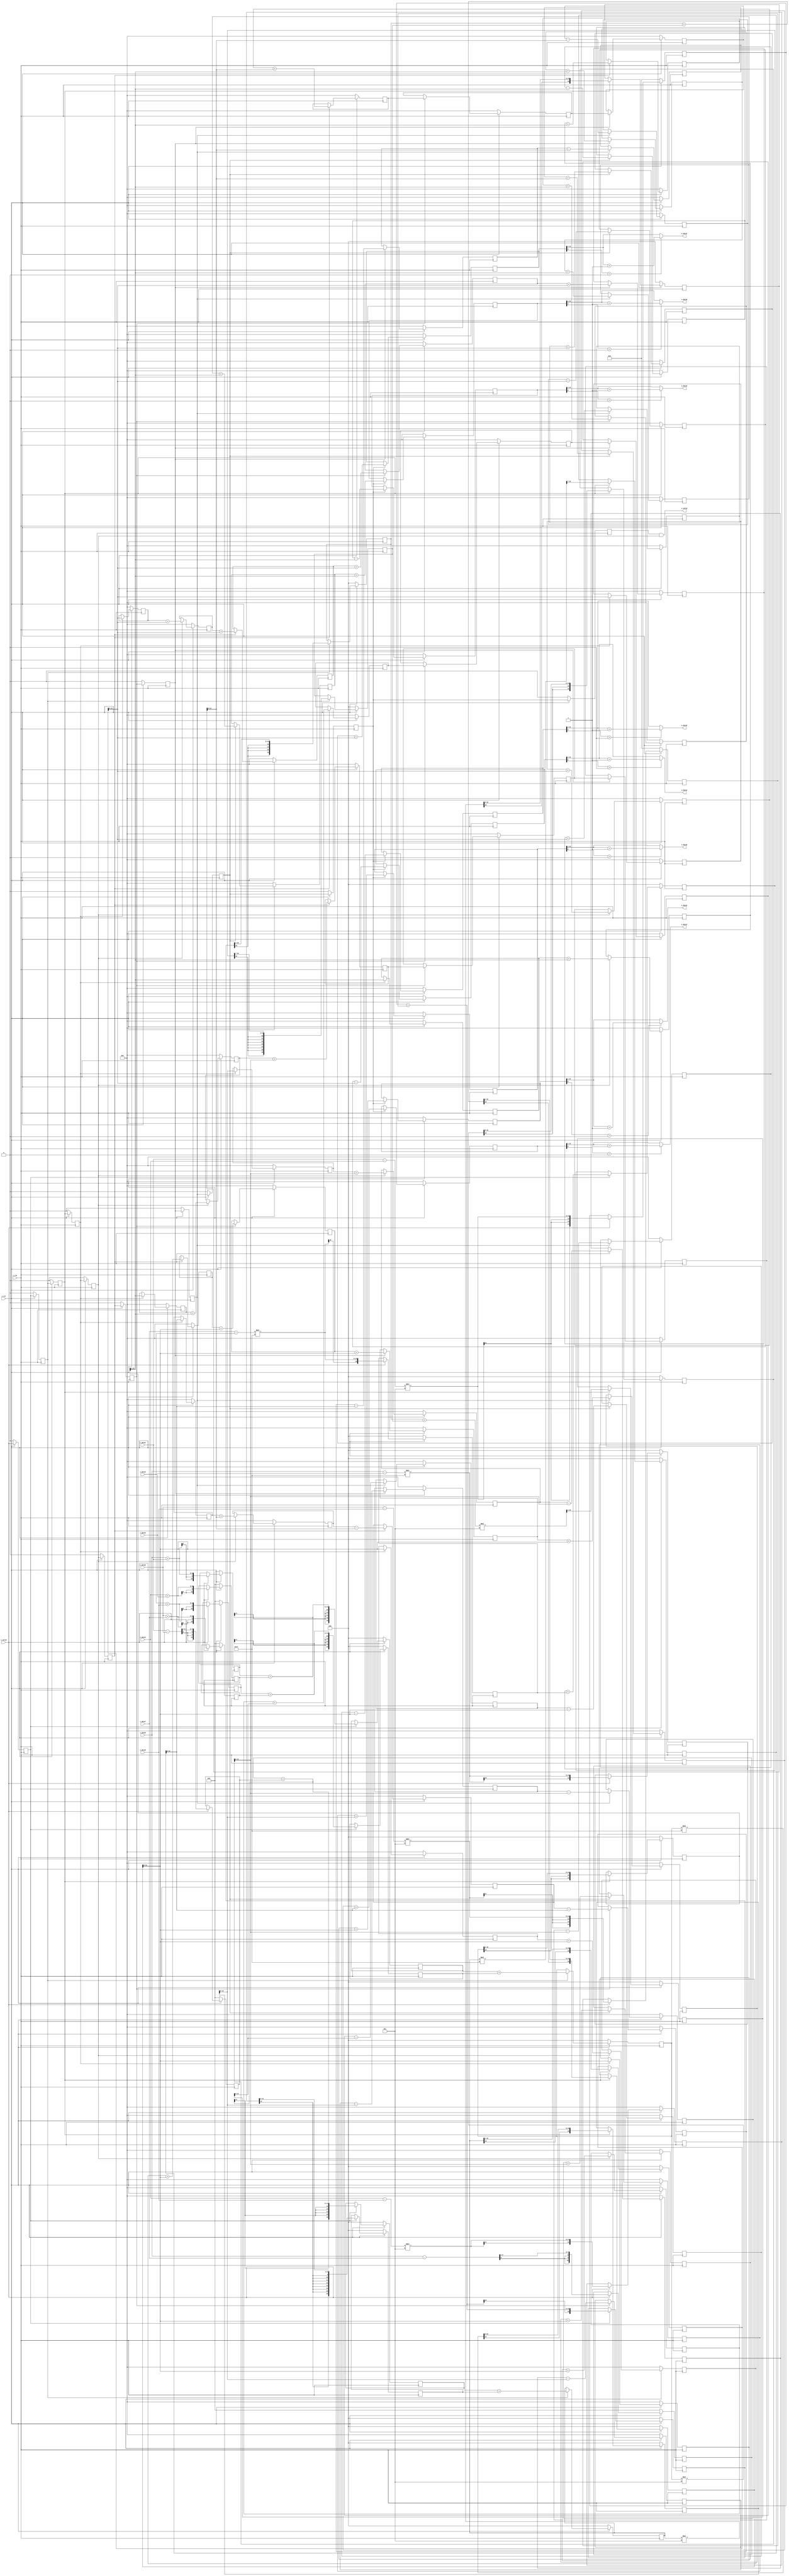
`timescale 1ns / 1ps

module kronecker(
    input i_clk,
    input i_rst,
    input i_valid,
    input signed [7:0] i_data0,
    input signed [7:0] i_data1,
    input signed [7:0] i_data2,
    input signed [7:0] i_data3,
    input signed [7:0] i_data4,
    input signed [7:0] i_data5,
    input signed [7:0] i_data6,
    input signed [7:0] i_data7,
    
    output  o_valid,
    // reflects 1d-dct result 
    output  signed [11:0] o_data0,
    output  signed [11:0] o_data1,
    output  signed [11:0] o_data2,
    output  signed [11:0] o_data3,
    output  signed [11:0] o_data4,
    output  signed [11:0] o_data5,
    output  signed [11:0] o_data6,
    output  signed [11:0] o_data7
    );
    
    //reg valid -------------------------stage 1-----------------------------------

    reg signed [10:0] a_half1;
    reg signed [10:0] b_half1;
    reg signed [14:0] c_half1;
    
    reg signed [10:0] a_half2;
    reg signed [10:0] b_half2;
    reg signed [14:0] c_half2;
    
    reg signed [10:0] a_half3;
    reg signed [12:0] b_half3;
    reg signed [16:0] c_half3;
    
    reg signed [10:0] a_half4;
    reg signed [16:0] c_half4;
    
    //---------------------------------stage 2--------------------------------------
    reg signed [16:0] a_ha1;
    reg signed [16:0] a_ha2;
    
    reg signed [16:0] b_ha1;
    reg signed [16:0] b_ha2;
    
    reg signed [16:0] c_ha1;
    reg signed [16:0] c_ha2;
    reg signed [16:0] c_ha3;
    reg signed [16:0] c_ha4;
        
    //--------------------------stage 3------------------------------------------
    reg signed [16:0] a_h1;
    reg signed [16:0] a_h2;
    
    reg signed [16:0] b_h1;
    reg signed [16:0] b_h2;
    reg signed [16:0] b_h3;
    
    reg signed [16:0] c_h1;
    reg signed [16:0] c_h2;
    //-------------------------stage 4----------------------------------------
    reg signed [16:0] a_s1;
    reg signed [16:0] a_s2;
    reg signed [16:0] a_s3;
    
    reg signed [16:0] b_s1;
    reg signed [16:0] b_s2;
    reg signed [16:0] b_s3;
    
    reg signed [16:0] c_s1;
    reg signed [16:0] c_s3;
    //----------------------------------------------------------//
    
    //valid signal
    reg stage2_valid, stage3_valid, stage4_valid, stage5_valid;
    reg stage6_valid, stage7_valid, stage8_valid, stage9_valid, stage10_valid;
    reg stage11_valid, stage12_valid, stage13_valid;

    // We have only one register data for each frequency output
    reg signed [12:0] frequency_data0 [6:0]; //freq 1
    reg signed [12:0] frequency_data1 [6:0]; // freq 2
    reg signed [12:0] frequency_data2 [6:0];// freq 3
    reg signed [12:0] frequency_data3 [6:0]; // freq 4
    reg signed [12:0] frequency_data4 [6:0];// freq 5
    reg signed [12:0] frequency_data5 [6:0];// freq 6
    reg signed [12:0] frequency_data6 [6:0]; // freq 7
    reg signed [12:0] frequency_data7 [6:0]; // freq 8
    
    reg signed [12:0] out_freq0;
    reg signed [12:0] out_freq1;
    reg signed [12:0] out_freq2;
    reg signed [12:0] out_freq3;
    reg signed [12:0] out_freq4;
    reg signed [12:0] out_freq5;
    reg signed [12:0] out_freq6;
    reg signed [12:0] out_freq7;
    
    // We have to control input sequence at buffer line
    always@(posedge i_clk)begin
        if(!i_rst)begin
            stage2_valid <= 0;
            stage3_valid <= 0;
            stage4_valid <= 0; stage5_valid <=0; stage6_valid <=0; stage7_valid <= 0;
            stage8_valid <= 0; stage9_valid <= 0; stage10_valid <= 0; stage11_valid <= 0;
            stage12_valid <=0; stage13_valid <= 0;
        end
        else begin
            stage2_valid <= i_valid;
            stage3_valid <= stage2_valid;
            stage4_valid <= stage3_valid;
            stage5_valid <= stage4_valid;
            stage6_valid <= stage5_valid;
            stage7_valid <= stage6_valid;
            stage8_valid <= stage7_valid;
            stage9_valid <= stage8_valid;
            stage10_valid <= stage9_valid;
            stage11_valid <= stage10_valid;
            stage12_valid <= stage11_valid;
            stage13_valid <= stage12_valid;
        end
    end

    //-------------------------------stage 1-----------------------------------------------//
    always@(posedge i_clk)begin
        if(!i_rst)begin 
            a_half1 <= 0;
            a_half2 <= 0;
            a_half3 <= 0;
            a_half4 <= 0;
            
            b_half1 <= 0;
            b_half2 <= 0;
            b_half3 <= 0;
            
            c_half1 <= 0;
            c_half2 <= 0;
            c_half3 <= 0;
            c_half4 <= 0;
        end
        else begin
            if(i_valid)begin
                a_half1 <= (i_data0 + i_data1);  
                a_half2 <= (i_data2 + i_data3);
                a_half3 <= (i_data4 + i_data5);
                a_half4 <= (i_data6 + i_data7);
                
                b_half1 <= (i_data0 -i_data7) >>> 1; 
                b_half2 <= (i_data1 - i_data6) >>> 1;
                b_half3 <= ((i_data2 - i_data5) * 3);
                
                c_half1 <= ((i_data1 - i_data2) *3);  
                c_half2 <= ((i_data6 - i_data5) * 3);
                c_half3 <= ((i_data0 - i_data3) * 55); 
                c_half4 <= ((i_data7 - i_data4) * 55);
                //// half valid
            end
        end
    end
    
    //-----------------------------------------------------stage 2---------------------------------------------//
    always@(posedge i_clk)begin
        if(!i_rst)begin
            a_ha1 <= 0;
            a_ha2 <= 0;
            
            b_ha1 <= 0;
            b_ha2 <= 0;
            
            c_ha1 <= 0;
            c_ha2 <= 0;
            c_ha3 <= 0;
            c_ha4 <= 0;
        end
        else begin
            if(stage2_valid)begin
                a_ha1 <= a_half1 + a_half2;
                a_ha2 <= a_half3 + a_half4;
                
                b_ha1 <= b_half1 + b_half2;
                b_ha2 <= b_half3 >>> 4;
                
                c_ha1 <= (c_half1 + c_half2);
                c_ha2<= (c_half3 + c_half4);
            end
        end
    end
    
    //------------------------------------------stage 3 -----------------------------------------------------//
    always@(posedge i_clk)begin
        if(!i_rst)begin
            a_h1 <= 0;
            b_h1 <= 0;
            c_h1 <= 0;
            c_h2 <= 0;
        end
        else begin
            if(stage3_valid)begin
               a_h1<= a_ha1 + a_ha2;
               
               b_h1 <= b_ha1 + b_ha2;
               
               c_h1 <= c_ha1 >>> 4;
               c_h2 <= c_ha2 >>> 7; 
            end
        end
    end
    //---------------------------------------stage 4---------------------------------------------------//
    always@(posedge i_clk)begin
        if(!i_rst)begin
            a_s1 <= 0;
            a_s2 <= 0;
            a_s3 <= 0;
            
            b_s1 <= 0;
            b_s2 <= 0;
            b_s3 <= 0;
            
            c_s1 <= 0;
            c_s3 <= 0;
        end
        else begin
            if(stage4_valid)begin
               a_s1 <= (a_h1 >>> 2);
               a_s2 <= (a_h1 * 55) >>> 8;    
               a_s3 <= (a_h1 * 3) >>> 5;       
                  
               b_s1 <= b_h1 >>> 1;
               b_s2 <= (b_h1 * 55) >>> 7;
               b_s3 <= (b_h1 * 3) >>> 4;
               
               c_s1 <= (c_h1 + c_h2) >>> 1;
               c_s3 <=  ((c_h1 + c_h2) * 3) >>> 4;
            end
        end
    end
    
    //-----------------------------------------------freqeuncy calculation-----------------------------------------------------------------//
    integer j;
    always@(posedge i_clk)begin
        if(!i_rst)begin
            for(j = 0; j<7; j= j+1)begin
                frequency_data0[j] <= 0;
                frequency_data1[j] <= 0;
                frequency_data2[j] <= 0;
                frequency_data3[j] <= 0;
                frequency_data4[j] <= 0;
                frequency_data5[j] <= 0;
                frequency_data6[j] <= 0;
                frequency_data7[j] <= 0;
            end
            out_freq0 <= 0;
            out_freq1 <= 0;
            out_freq2 <= 0;
            out_freq3 <= 0;
            out_freq4 <= 0;
            out_freq5 <= 0;
            out_freq6 <= 0;
            out_freq7 <= 0;
        end
        else begin
                if(stage5_valid) begin
                    frequency_data0[0] <=  a_s1;
                    frequency_data1[0] <=  b_s1;
                    frequency_data2[0] <=  c_s1;
                    frequency_data3[0] <=  a_s1;
                    frequency_data4[0] <=  b_s1;
                    frequency_data5[0] <=  c_s1;
                    frequency_data6[0] <=  a_s2;
                    frequency_data7[0] <=  b_s2;
                end
                if(stage6_valid)begin
                    frequency_data0[1] <= frequency_data0[0] + a_s1;
                    frequency_data1[1] <= frequency_data1[0] + b_s1;
                    frequency_data2[1] <= frequency_data2[0] + c_s1;
                    frequency_data3[1] <= frequency_data3[0] + a_s1;
                    frequency_data4[1] <= frequency_data4[0] + b_s1;
                    frequency_data5[1] <= frequency_data5[0] + c_s1;
                    frequency_data6[1] <= frequency_data6[0] + a_s3;
                    frequency_data7[1] <= frequency_data7[0] + b_s3;
                end
                if(stage7_valid) begin
                    frequency_data0[2] <= frequency_data0[1] + a_s1;
                    frequency_data1[2] <= frequency_data1[1] + b_s1;
                    frequency_data2[2] <= frequency_data2[1] + c_s1;
                    frequency_data3[2] <= frequency_data3[1] + a_s3;
                    frequency_data4[2] <= frequency_data4[1] + b_s3;
                    frequency_data5[2] <= frequency_data5[1] + c_s3;
                    frequency_data6[2] <= frequency_data6[1] - a_s3;
                    frequency_data7[2] <= frequency_data7[1] - b_s3;
                end
                
                if(stage8_valid) begin
                    frequency_data0[3] <= frequency_data0[2] + a_s1;
                    frequency_data1[3] <= frequency_data1[2] + b_s1;
                    frequency_data2[3] <= frequency_data2[2] + c_s1;
                    frequency_data3[3] <= frequency_data3[2];
                    frequency_data4[3] <= frequency_data4[2];
                    frequency_data5[3] <= frequency_data5[2];
                    frequency_data6[3] <= frequency_data6[2] - a_s2;
                    frequency_data7[3] <= frequency_data7[2] - b_s2;
                end
                
                if(stage9_valid)begin
                    frequency_data0[4] <= frequency_data0[3] + a_s1;
                    frequency_data1[4] <= frequency_data1[3] + b_s1;
                    frequency_data2[4] <= frequency_data2[3] + c_s1;
                    frequency_data3[4] <= frequency_data3[3];
                    frequency_data4[4] <= frequency_data4[3];
                    frequency_data5[4] <= frequency_data5[3];
                    frequency_data6[4] <= frequency_data6[3]  - a_s2;
                    frequency_data7[4] <= frequency_data7[3]  - b_s2;           
                end
                if(stage10_valid)begin
                    frequency_data0[5] <= frequency_data0[4] + a_s1;
                    frequency_data1[5] <= frequency_data1[4] + b_s1;
                    frequency_data2[5] <= frequency_data2[4] + c_s1;
                    frequency_data3[5] <= frequency_data3[4] - a_s3;
                    frequency_data4[5] <= frequency_data4[4] - b_s3;
                    frequency_data5[5] <= frequency_data5[4] - c_s3;
                    frequency_data6[5] <= frequency_data6[4] - a_s3;
                    frequency_data7[5] <= frequency_data7[4] - b_s3;
                end
                if(stage11_valid)begin
                    frequency_data0[6] <= frequency_data0[5] + a_s1;
                    frequency_data1[6] <= frequency_data1[5] + b_s1;
                    frequency_data2[6] <= frequency_data2[5] + c_s1;
                    frequency_data3[6] <= frequency_data3[5] - a_s1;
                    frequency_data4[6] <= frequency_data4[5] - b_s1;
                    frequency_data5[6] <= frequency_data5[5] - c_s1;
                    frequency_data6[6] <= frequency_data6[5] + a_s3;
                    frequency_data7[6] <= frequency_data7[5] + b_s3;
                end
                if(stage12_valid) begin
                    out_freq0 <= frequency_data0[6] + a_s1;
                    out_freq1 <= frequency_data1[6] + b_s1;
                    out_freq2 <= frequency_data2[6] + c_s1;
                    out_freq3 <= frequency_data3[6] - a_s1;
                    out_freq4 <= frequency_data4[6] - b_s1;
                    out_freq5 <= frequency_data5[6] - c_s1;
                    out_freq6 <= frequency_data6[6] + a_s2;
                    out_freq7 <= frequency_data7[6] + b_s2;
                end
            end
        end
        
    assign o_valid = stage13_valid && stage6_valid;
    
    assign o_data0 = (out_freq0[0] > 0) ? out_freq0[12:1] + 1 : out_freq0[12:1];
    assign o_data1 = (out_freq1[0] > 0) ? out_freq1[12:1] + 1 : out_freq1[12:1];
    assign o_data2 = (out_freq2[0] > 0) ? out_freq2[12:1] + 1 : out_freq2[12:1];
    assign o_data3 = (out_freq3[0] > 0) ? out_freq3[12:1] + 1 : out_freq3[12:1];
    assign o_data4 = (out_freq4[0] > 0) ? out_freq4[12:1] + 1 : out_freq4[12:1];
    assign o_data5 = (out_freq5[0] > 0) ? out_freq5[12:1] + 1 : out_freq5[12:1];
    assign o_data6 = (out_freq6[0] > 0) ? out_freq6[12:1] + 1 : out_freq6[12:1];
    assign o_data7 = (out_freq7[0] > 0) ? out_freq7[12:1] + 1 : out_freq7[12:1];
    
    //// calculation stage 

 endmodule